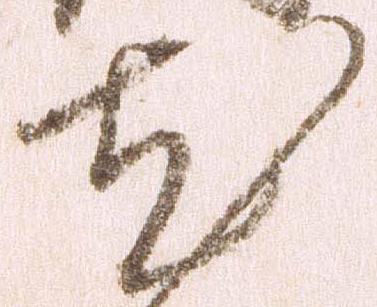
尤